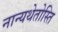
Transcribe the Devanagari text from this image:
नान्यथेतोस्ति